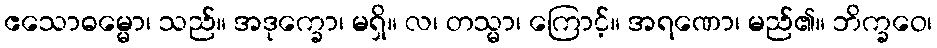
ဧသောဓမ္မော၊ သည်။ အဒုက္ခော၊ မရှိ။ လ၊ တသ္မာ၊ ကြောင့်။ အရဏော၊ မည်၏။ ဘိက္ခဝေ၊